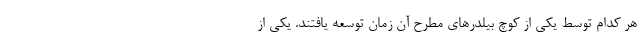
هر کدام توسط یکی از کوچ بیلدرهای مطرح آن زمان توسعه یافتند. یکی از